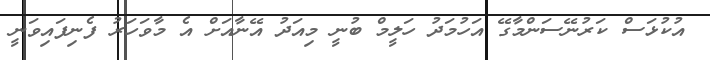
އުކުޅަސް ކަރުނޭސަންމާގޭ އަހުމަދު ހަލީމް ބުނީ މިއަދު އޭނާއަށް އެ މާވަހަރު ފެނިފައިވަނީ